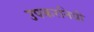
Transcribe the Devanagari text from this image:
उपकरनिधी